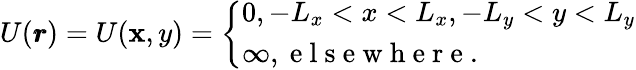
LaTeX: U(\pmb{r})=U(\mathbf{x},y)=\left\{ \begin{array}{ll}{0,-L_{x}<x<L_{x},-L_{y}<y<L_{y}}\\ {\infty,\mathrm{~e~l~s~e~w~h~e~r~e~.~}}\end{array}\right.